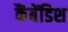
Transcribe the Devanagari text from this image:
कैंबेंडिश